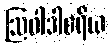
ဩဝါဒါစရိယ